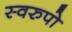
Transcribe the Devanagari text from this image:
स्वरुपो